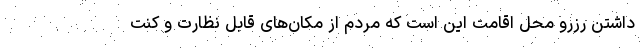
داشتن رزرو محل اقامت این است که مردم از مکان‌های قابل نظارت و کنت